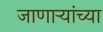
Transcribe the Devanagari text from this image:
जाणार्‍यांच्या